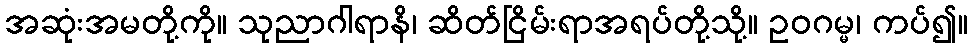
အဆုံးအမတို့ကို။ သုညာဂါရာနိ၊ ဆိတ်ငြိမ်းရာအရပ်တို့သို့။ ဥဝဂမ္မ၊ ကပ်၍။